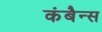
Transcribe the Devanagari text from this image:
कंबैन्स